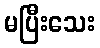
မပြီးသေး